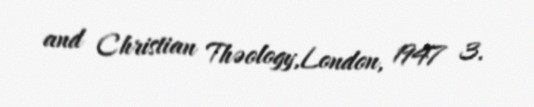
and Christian Thəology,London, 1947 3.